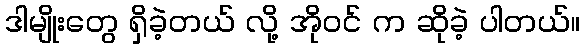
ဒါမျိုးတွေ ရှိခဲ့တယ် လို့ အိုဝင် က ဆိုခဲ့ ပါတယ်။